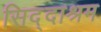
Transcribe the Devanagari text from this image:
सिद्दाश्रम